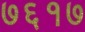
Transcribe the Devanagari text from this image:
७६१७